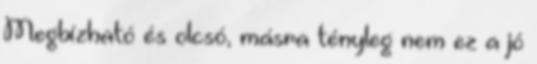
Megbízható és olcsó, másra tényleg nem ez a jó